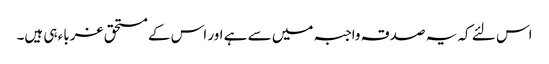
اس لئے کہ یہ صدقہ واجبہ میں سے ہے اور اس کے مستحق غرباء ہی ہیں۔